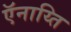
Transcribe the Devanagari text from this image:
ऍनाय्ति